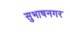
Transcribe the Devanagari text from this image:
सुभाषनगर